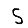
Digit: 5